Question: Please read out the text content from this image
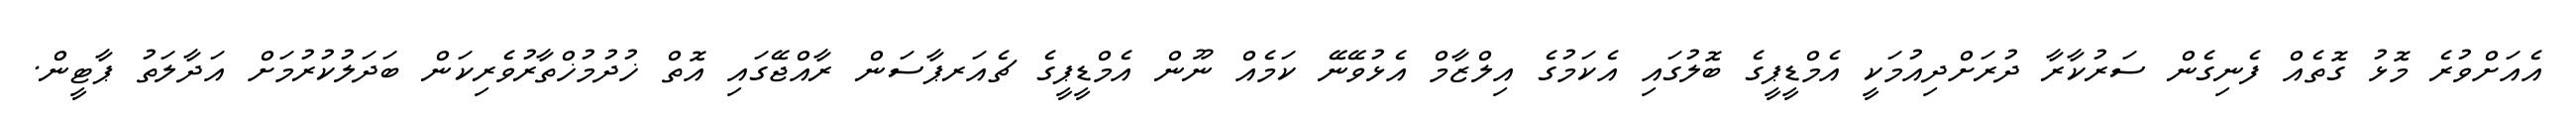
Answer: އެއަށްވުރެ މޮޅު ގޮތެއް ފެނިގެން ސަރުކާރާ ދުރަށްދިއުމަކީ އެމްޑީޕީގެ ބޮލުގައި އެކަމުގެ އިލްޒާމް އެޅުވޭނޭ ކަމެއް ނޫން އެމްޑީޕީގެ ޗެއަރޕާސަން ރާއްޖޭގައި އޮތް ޚުދުމުޚްތާރުވެރިކަން ބަދަލުކުރުމަށް އަދާލަތު ޕާޓީން.